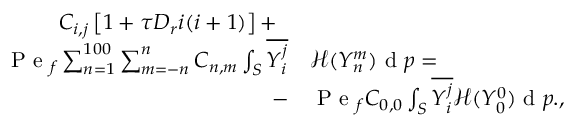
\begin{array} { r l } { C _ { i , j } \left[ 1 + \tau D _ { r } i ( i + 1 ) \right] + \; \; } & { { } } \\ { \mathrm { ~ P ~ e ~ } _ { f } \sum _ { n = 1 } ^ { 1 0 0 } \sum _ { m = - n } ^ { n } C _ { n , m } \int _ { S } \overline { { Y _ { i } ^ { j } } } } & { { } \mathcal { H } ( Y _ { n } ^ { m } ) \mathrm { ~ d ~ } \boldsymbol { p } = } \\ { - } & { { } \mathrm { ~ P ~ e ~ } _ { f } C _ { 0 , 0 } \int _ { S } \overline { { Y _ { i } ^ { j } } } \mathcal { H } ( Y _ { 0 } ^ { 0 } ) \mathrm { ~ d ~ } \boldsymbol { p } . , } \end{array}